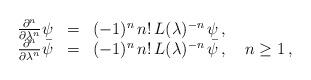
LaTeX: \begin{align*}\begin{array}{rcl}\frac{\partial^n}{\partial \lambda^{n}} \psi&=&(-1)^n\,n!\,L(\lambda)^{-n}\,\psi\,,\\\frac{\partial^n}{\partial \lambda^{n}} \bar{\psi}&=&(-1)^n\,n!\,L(\lambda)^{-n}\,\bar{\psi}\,,\quad n\geq 1\,,\end{array}\end{align*}